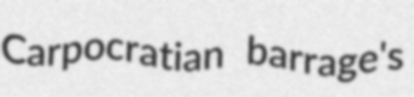
Carpocratian barrage's